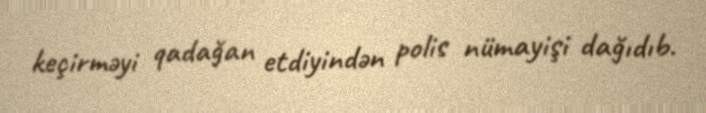
keçirməyi qadağan etdiyindən polis nümayişi dağıdıb.